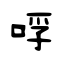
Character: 哹